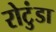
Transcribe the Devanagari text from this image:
रोटुंडा